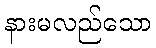
နားမလည်သော